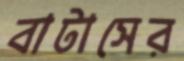
বাটাসের